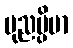
ပုညမ္ပိမာ